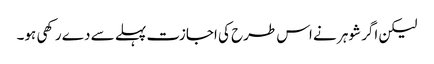
لیکن اگر شوہر نے اس طرح کی اجازت پہلے سے دے رکھی ہو۔